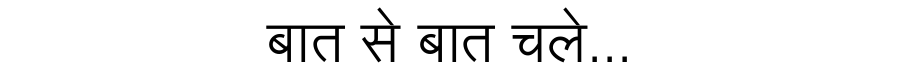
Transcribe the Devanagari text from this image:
बात से बात चले...